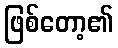
ဖြစ်တော့၏